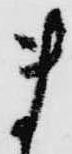
ま